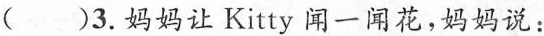
( )3.妈妈让 Kitty 闻一闻花,妈妈说: